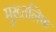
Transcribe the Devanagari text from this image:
मुख्तलिफ